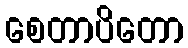
စေတာပိတော